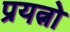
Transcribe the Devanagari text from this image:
प्रयत्नो